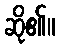
ဆို၏။